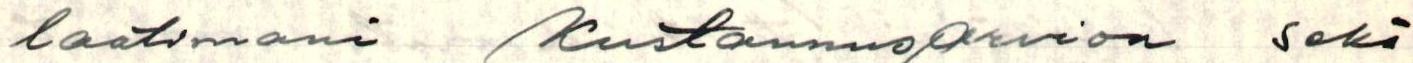
laatimani kustannusarvion sekä